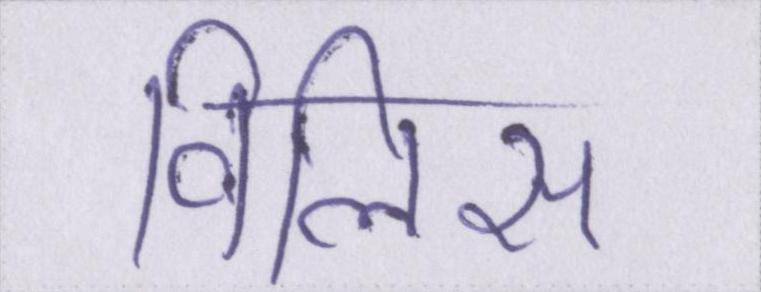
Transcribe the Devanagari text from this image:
विलिस